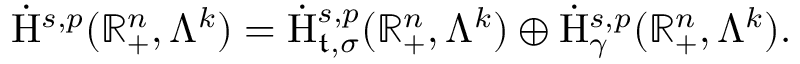
\begin{array} { r } { \dot { \mathrm { H } } ^ { s , p } ( \mathbb { R } _ { + } ^ { n } , \Lambda ^ { k } ) = \dot { \mathrm { H } } _ { \mathfrak { t } , \sigma } ^ { s , p } ( \mathbb { R } _ { + } ^ { n } , \Lambda ^ { k } ) \oplus \dot { \mathrm { H } } _ { \gamma } ^ { s , p } ( \mathbb { R } _ { + } ^ { n } , \Lambda ^ { k } ) \mathrm { . ~ } } \end{array}